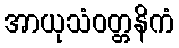
အာယုသံဝတ္တနိကံ